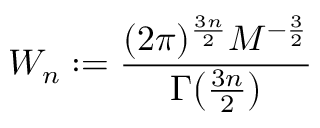
W _ { n } \mathrel { \mathop : } = \frac { ( 2 \pi ) ^ { \frac { 3 n } { 2 } } M ^ { - \frac { 3 } { 2 } } } { \Gamma \big ( \frac { 3 n } { 2 } \big ) }